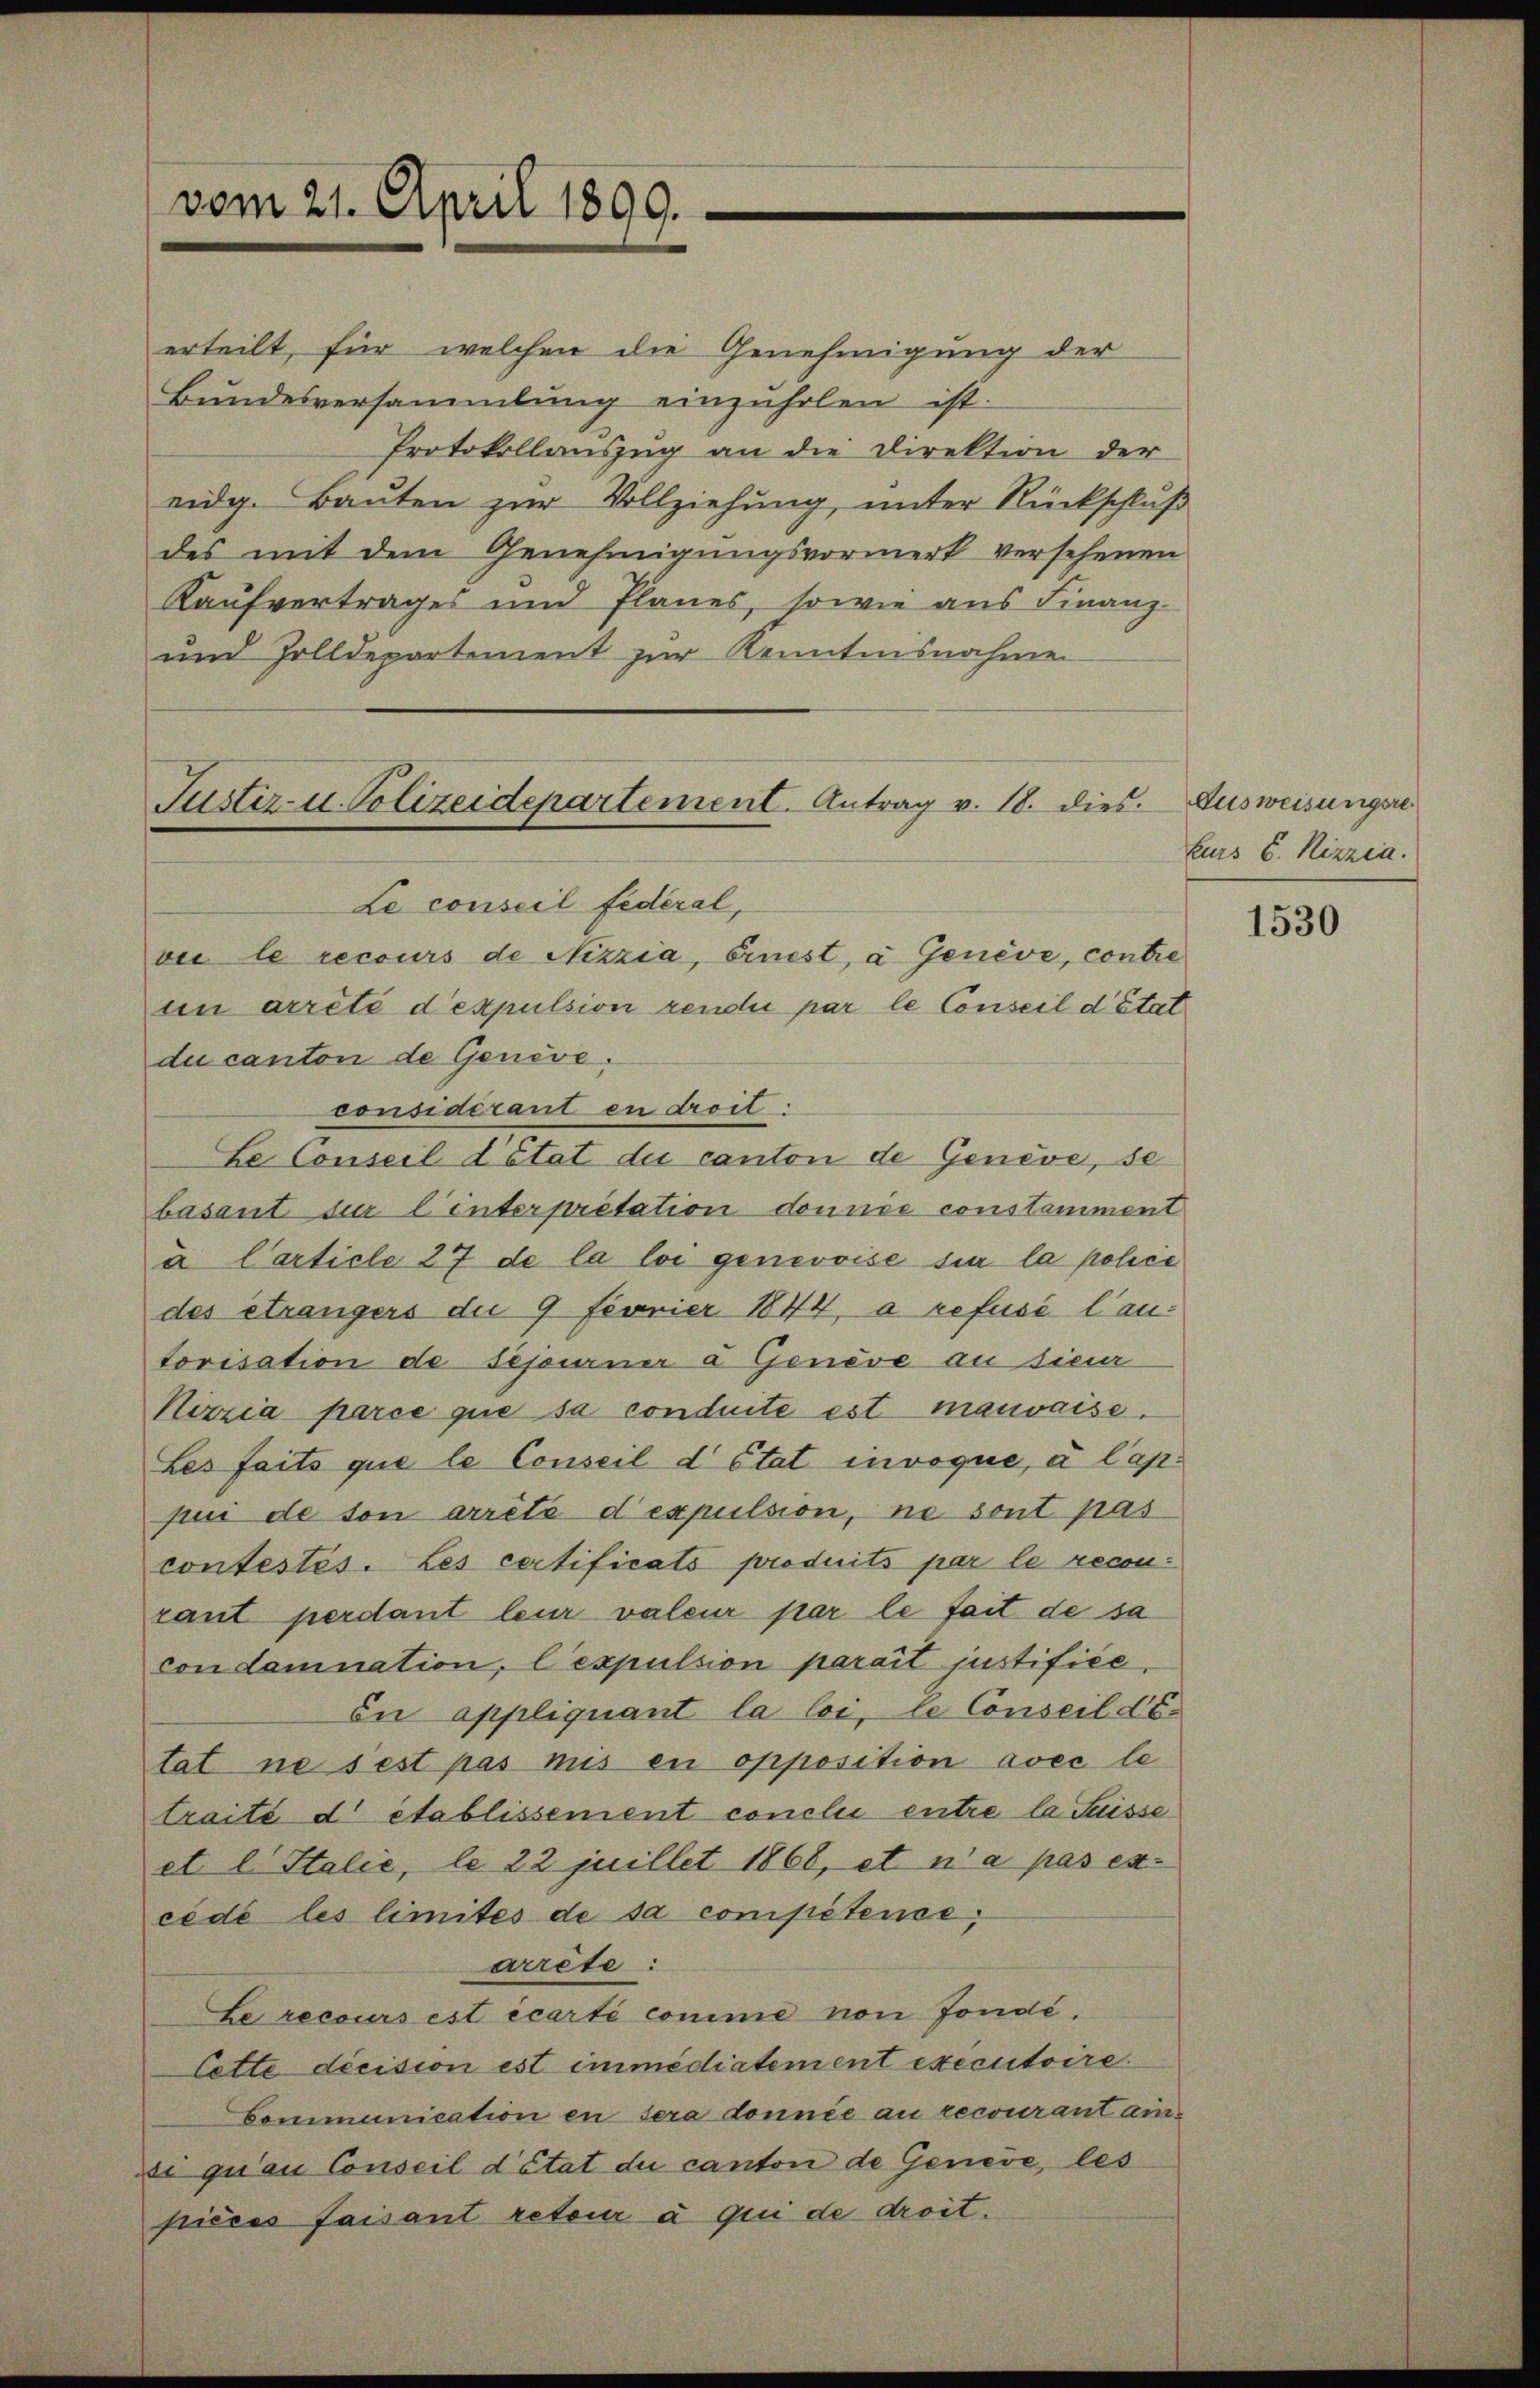
vom 21. April 1899.

erteilt, für welchen die Genehmigung der
Bundesversammlung einzuholen ist.
Protokollauszug an die Direktion der
eidg. Bauten zur Vollziehung, unter Rückschluß
des mit dem Genehmigungsvormerk versehenen
Kaufvertrages und Planes, sowie aus Finanz-
und Zolldepartement zur Kenntnisnahme
Le conseil Federal,
vie le recours de Nizzia, einest, a Genève, contre
tin arrêté d’expulsion rendii par le Conseil d’Etat
du canton de Geneve.
considérant en droit.
Le Conseil d’état die canton de Geneve, se
basant sur l’interpretation donnée constamment
u Carticle 27 de la loi genevoise sie la polie
des étrangers du 9 fovrier 1844, a refusé lautorisation de sepirner à Genève au sieur
Nizzia parce que sa conduite est mauvaise.
Les faits que le Conseil d’Etat invoque, à lapi
pui de son arrêté d’expulsion, ne sont pas
contestés. Les certificats produits par le reconrant perdant leur valeur par le fait de sa
con damnation, lexpulsion parait justifiée,
In appliquant la loi, le Conseil de
tat ne sest pas mis en opposition avec le
traité d' établissement conclu entre la Suisse
et l. Stalie, le 22 juillet 1868, et n’a pas ex-
cède les limités de sa compétence,
arrête:
Le recours est écarti comme von Jondé.
Cette decision est immédiatement executoire.
Communication en sera donnée au recourant ainsi qu’au Conseil d’état du canton de Geneve, les
pieces faisant retour à qui de droit.

Justiz- u. Polizeidepartement. Antrag v. 18. dies. Ausweisungsre

turs 6. Rizzia.

1530